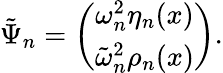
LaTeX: \tilde{\Psi}_{n}=\left(\begin{array}{cc}{{\omega_{n}^{2}\eta_{n}(x)}}\\ {{\tilde{\omega}_{n}^{2}\rho_{n}(x)}}\end{array}\right).